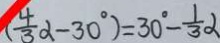
( \frac { 4 } { 3 } \alpha - 3 0 ^ { \circ } ) = 3 0 ^ { \circ } - \frac { 1 } { 3 } \alpha